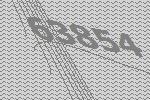
63854